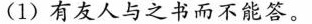
(1)有友人与之书而不能答。